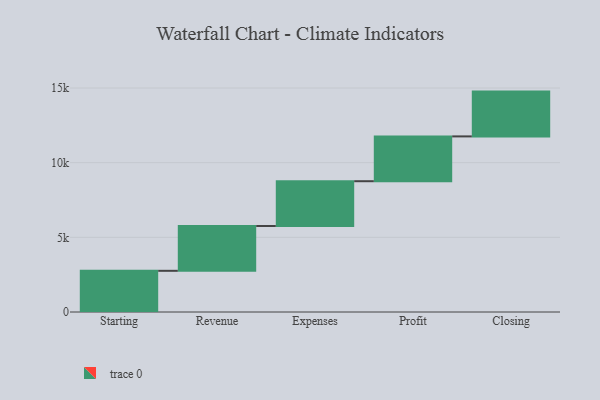
{"axis": {"x": "Step", "y": "Value"}, "legend": [""], "data": [{"x": "Starting", "y": 2758.0, "type": ""}, {"x": "Revenue", "y": 3000, "type": ""}, {"x": "Expenses", "y": 3000, "type": ""}, {"x": "Profit", "y": 3000, "type": ""}, {"x": "Closing", "y": 3000, "type": ""}]}